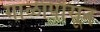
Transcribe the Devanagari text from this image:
गाळापासून